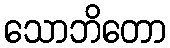
သောဘိတော